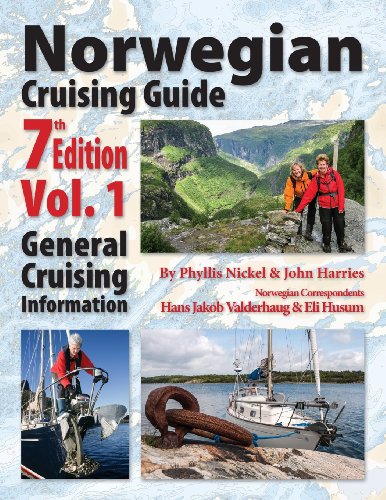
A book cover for Norwegian Cruising Guide 7th Edition Vol 1; Phyllis L. Nickel; Travel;